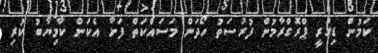
ކަމުން ޑިގްރީ ޕްރޮގްރާމުން ފުރުސަތު ހޯދަން މަސައްކަތް ފަށާ އެކަން ކާމިޔާބު ކުރި